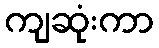
ကျဆုံးကာ